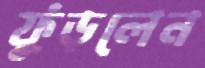
ফুঁড়লেন